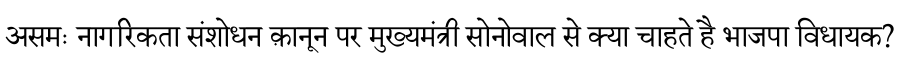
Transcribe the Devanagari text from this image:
असमः नागरिकता संशोधन क़ानून पर मुख्यमंत्री सोनोवाल से क्या चाहते है भाजपा विधायक?